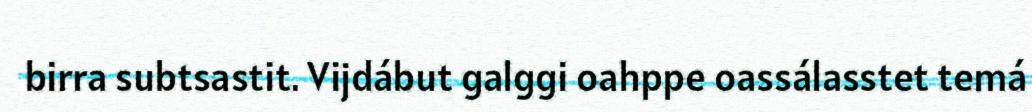
birra subtsastit. Vijdábut galggi oahppe oassálasstet temá